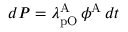
d P = \lambda _ { \mathrm { p O } } ^ { \mathrm { A } } \, \phi ^ { \mathrm { A } } \, d t